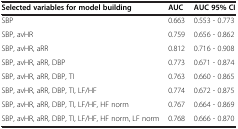
<table><thead><tr><td><b>Selected variables for model building</b></td><td><b>AUC</b></td><td><b>AUC 95% CI</b></td></tr></thead><tbody><tr><td>SBP</td><td>0.663</td><td>0.553 - 0.773</td></tr><tr><td>SBP, avHR</td><td>0.759</td><td>0.656 - 0.862</td></tr><tr><td>SBP, avHR, aRR</td><td>0.812</td><td>0.716 - 0.908</td></tr><tr><td>SBP, avHR, aRR, DBP</td><td>0.773</td><td>0.671 - 0.874</td></tr><tr><td>SBP, avHR, aRR, DBP, TI</td><td>0.763</td><td>0.660 - 0.865</td></tr><tr><td>SBP, avHR, aRR, DBP, TI, LF/HF</td><td>0.774</td><td>0.672 - 0.875</td></tr><tr><td>SBP, avHR, aRR, DBP, TI, LF/HF, HF norm</td><td>0.767</td><td>0.664 - 0.869</td></tr><tr><td>SBP, avHR, aRR, DBP, TI, LF/HF, HF norm, LF norm</td><td>0.768</td><td>0.666 - 0.870</td></tr></tbody></table>